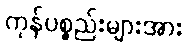
ကုန်ပစ္စည်းများအား